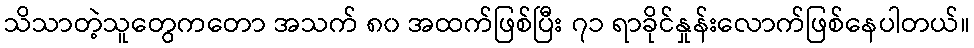
သိသာတဲ့သူတွေကတော အသက် ၈၀ အထက်ဖြစ်ပြီး ၇၁ ရာခိုင်နှုန်းလောက်ဖြစ်နေပါတယ်။